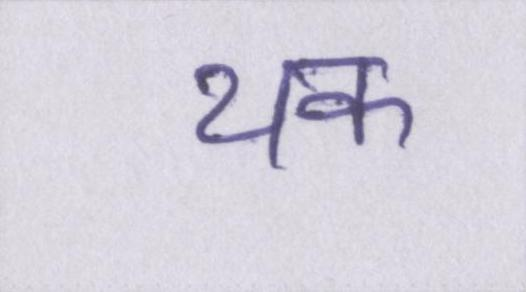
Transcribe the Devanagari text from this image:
थक